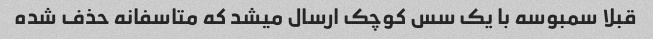
قبلا سمبوسه با یک سس کوچک ارسال میشد که متاسفانه حذف شده